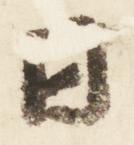
日